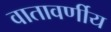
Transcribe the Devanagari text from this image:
वातावर्णीय